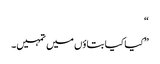
“
”کیا کیا بتاؤں میں تمہیں۔